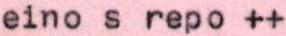
eino s repo ++